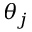
\theta _ { j }